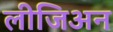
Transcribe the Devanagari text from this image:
लीजिअन